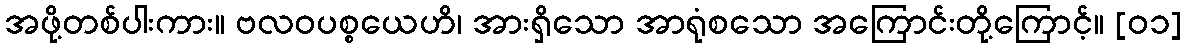
အဖို့တစ်ပါးကား။ ဗလဝပစ္စယေဟိ၊ အားရှိသော အာရုံစသော အကြောင်းတို့ကြောင့်။ [၀၁]